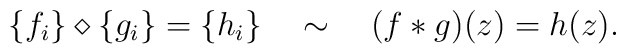
\{f_i\}\diamond\{g_i\}=\{h_i\}\quad\sim\quad (f*g)(z)=h(z).